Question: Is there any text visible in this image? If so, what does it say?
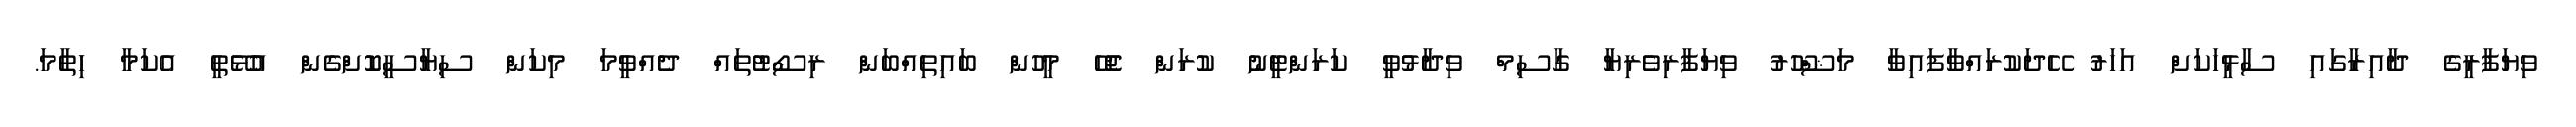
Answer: ވިޔަފާރީގެ ދާއިރާގައި ސާޅީހަކަށް އަހަރު ހޭދަކުރައްވާފައިވާ މަޝްހޫރު ވިޔަފާރިވެރިޔާ ގާސިމް ވިދާޅުވީ ކަރަންޓީނު ކުރަން ޖެހޭ މީހުން ބައިތިއްބަން ރިސޯޓުތައް ދެއްވީމަ މިކަން ސިޔާސީކޮށްގެން އުޅޭތީ އެކަމާ ހިތާމަ.